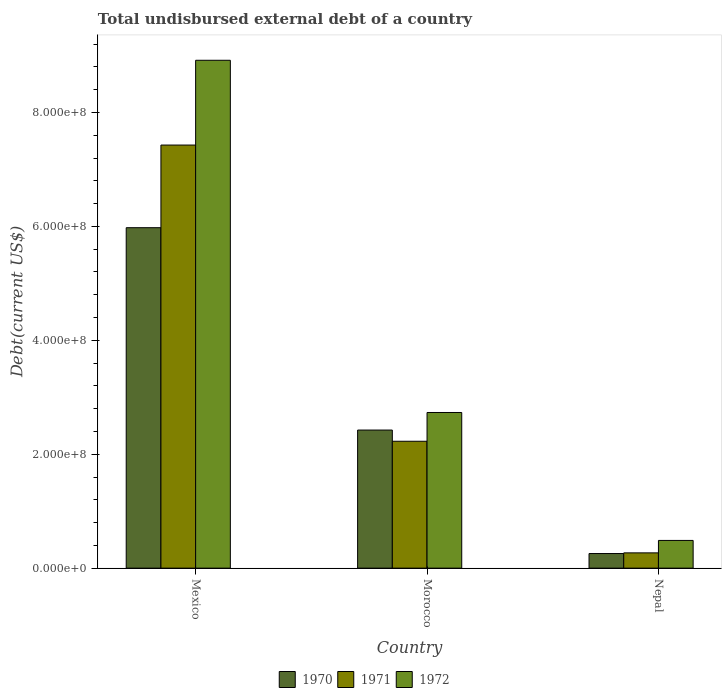
| Country | 1970 | 1971 | 1972 |
 | --- | --- | --- | --- |
 | Mexico | 5.98e+08 | 7.43e+08 | 8.92e+08 |
 | Morocco | 2.42e+08 | 2.23e+08 | 2.73e+08 |
 | Nepal | 2.57e+07 | 2.68e+07 | 4.87e+07 |